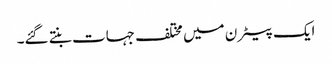
ایک پیٹرن میں مختلف جہات بنتے گئے۔